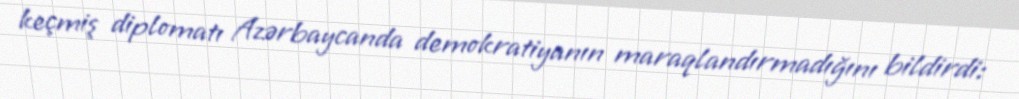
keçmiş diplomatı Azərbaycanda demokratiyanın maraqlandırmadığını bildirdi: